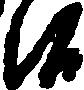
候